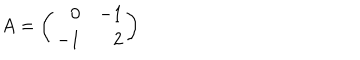
LaTeX: A = \left( \begin{array} { r r } { { 0 } } & { { - 1 } } \\ { { - 1 } } & { { 2 } } \\ \end{array} \right)